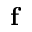
{ \bf f }